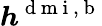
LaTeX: \boldsymbol{h}^{\mathrm{~d~m~i~,~b~}}